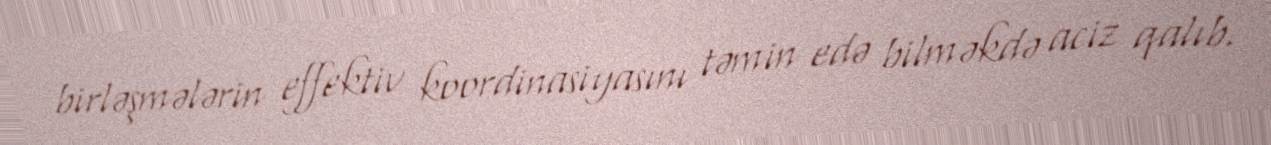
birləşmələrin effektiv koordinasiyasını təmin edə bilməkdə aciz qalıb.